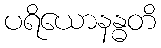
ပရိယောနန္ဓတိ